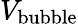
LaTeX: V_{\mathrm{bubble}}